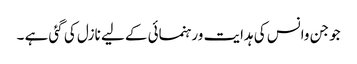
جو جن وانس کی ہدایت ورہنمائی کے لیے نازل کی گئی ہے ۔